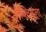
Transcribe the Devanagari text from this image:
ऐक्टिनुला